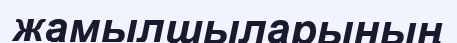
жамылшыларының